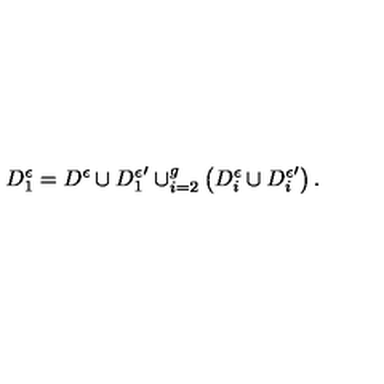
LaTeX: D _ { 1 } ^ { \epsilon } = D ^ { \epsilon } \cup { D _ { 1 } ^ { \epsilon } } ^ { \prime } \cup _ { i = 2 } ^ { g } \left( D _ { i } ^ { \epsilon } \cup { D _ { i } ^ { \epsilon } } ^ { \prime } \right) .